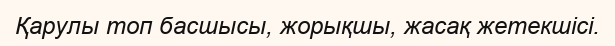
Қарулы топ басшысы, жорықшы, жасақ жетекшісі.